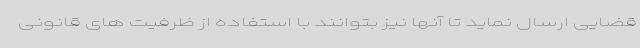
قضایی ارسال نماید تا آنها نیز بتوانند با استفاده از ظرفیت های قانونی